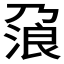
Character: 𰀯